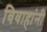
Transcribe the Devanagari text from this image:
विवाहांनी